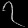
Digit: ၇